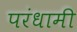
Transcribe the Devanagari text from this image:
परंधामी